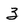
Character: 3